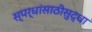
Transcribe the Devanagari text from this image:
स्पर्धांसाठीसुद्धा